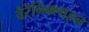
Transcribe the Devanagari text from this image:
वैरेनिक्लाइन